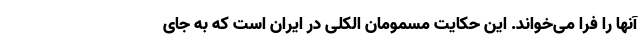
آنها را فرا می‌خواند. این حکایت مسمومان الکلی در ایران است که به جای